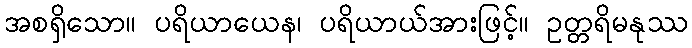
အစရှိသော။ ပရိယာယေန၊ ပရိယာယ်အားဖြင့်။ ဥတ္တရိမနုဿ